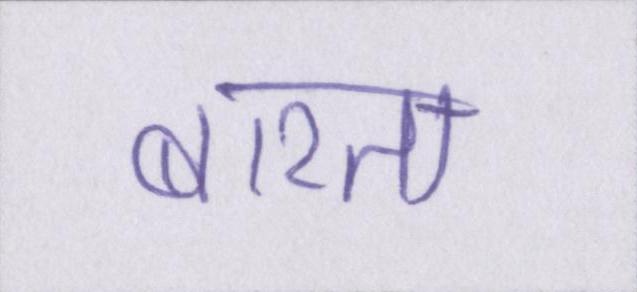
बरता